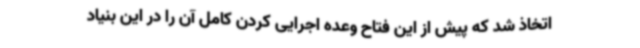
اتخاذ شد که پیش از این فتاح وعده اجرایی کردن کامل آن را در این بنیاد